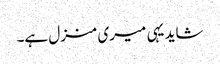
شاید یہی میری منزل ہے۔